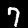
Label: 7